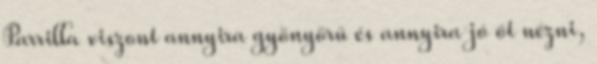
Parrilla viszont annyira gyönyörű és annyira jó őt nézni,